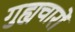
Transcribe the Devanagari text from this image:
गुह्यचारों